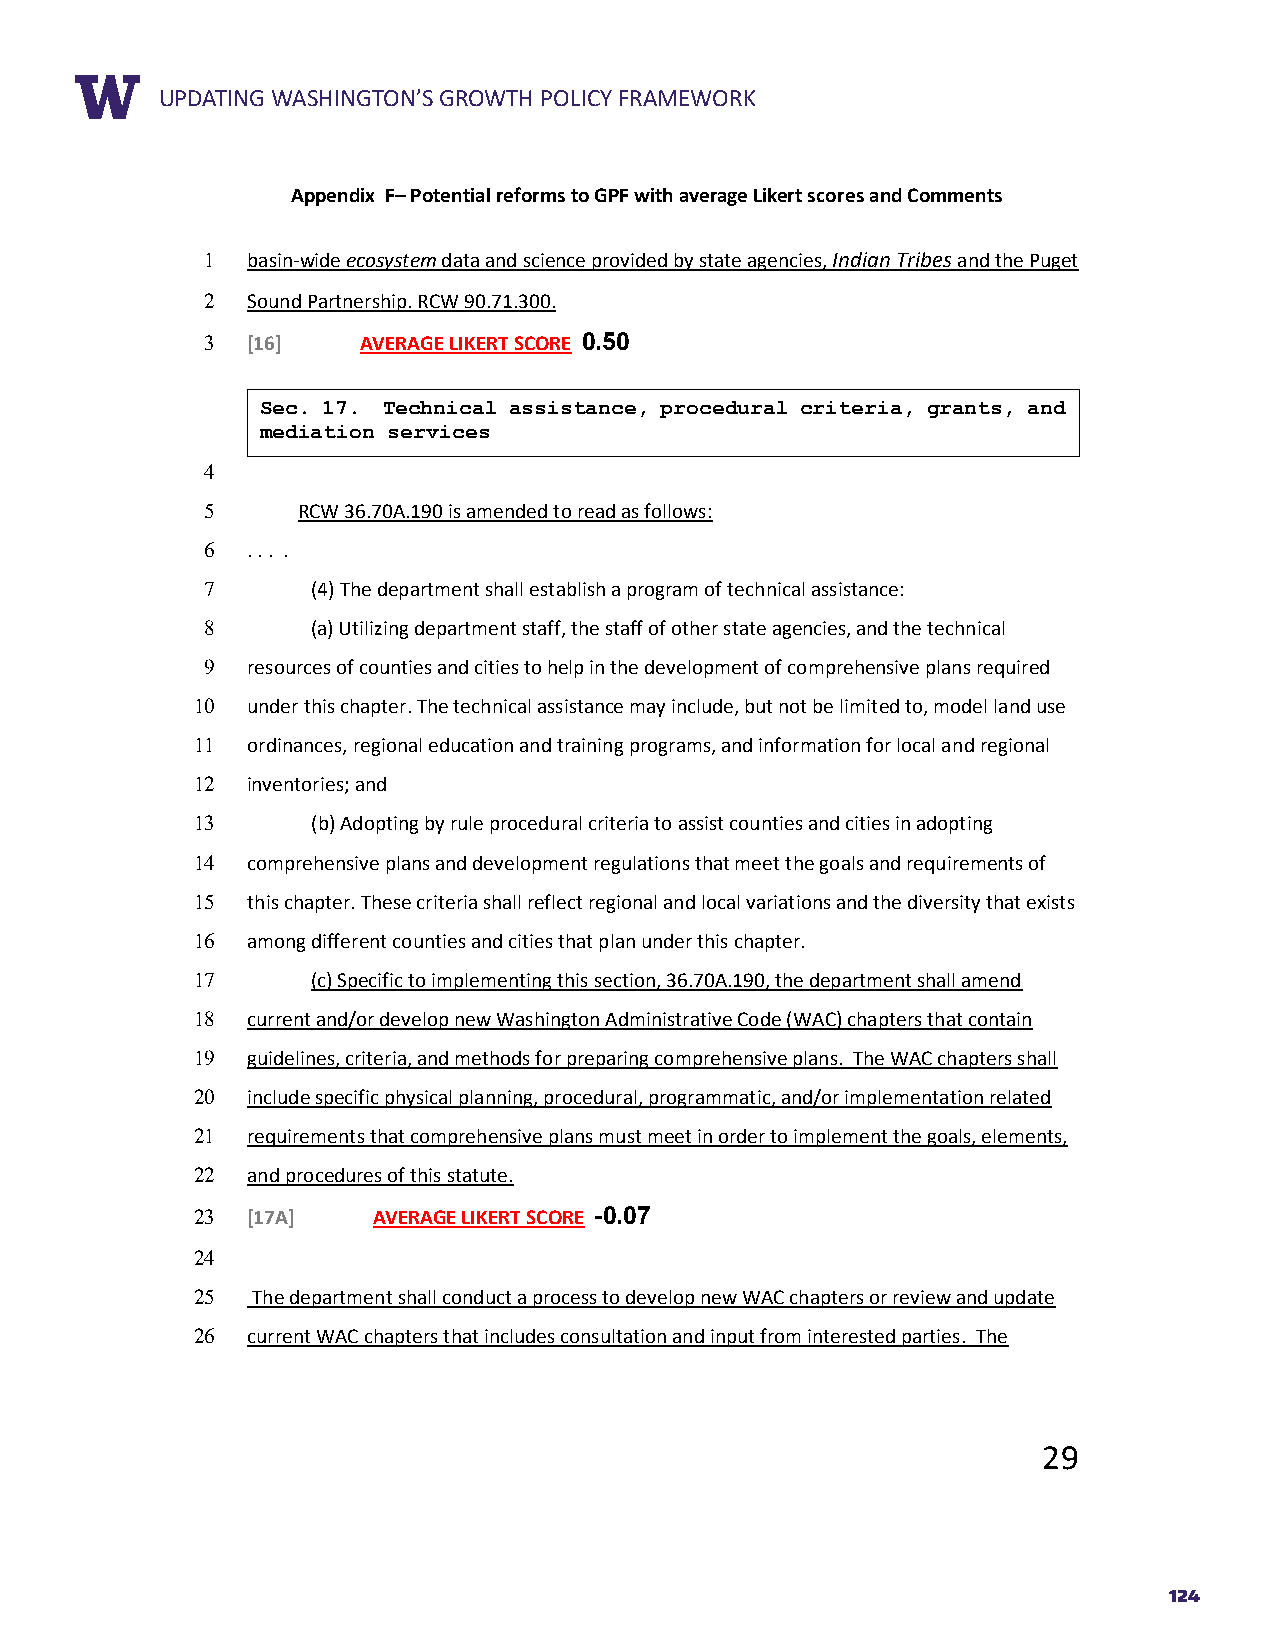
RUEPPDOARTTIN TGIT WLEASHINGTON’S GROWTH POLICY FRAMEWORK
 Appendix F– Potential reforms to GPF with average Likert scores and Comments
 1 basin-wide ecosystem data and science provided by state agencies, Indian Tribes and the Puget
 2 Sound Partnership. RCW 90.71.300.
 3 [16]    AVERAGE LIKERT SCORE 0.50
 Sec. 17. Technical assistance, procedural criteria, grants, and
 mediation services
 4
 5     RCW 36.70A.190 is amended to read as follows:
 6 . . . .
 7      (4) The department shall establish a program of technical assistance:
 8      (a) Utilizing department staff, the staff of other state agencies, and the technical
 9 resources of counties and cities to help in the development of comprehensive plans required
 10 under this chapter. The technical assistance may include, but not be limited to, model land use
 11 ordinances, regional education and training programs, and information for local and regional
 12 inventories; and
 13      (b) Adopting by rule procedural criteria to assist counties and cities in adopting
 14 comprehensive plans and development regulations that meet the goals and requirements of
 15 this chapter. These criteria shall reflect regional and local variations and the diversity that exists
 16 among different counties and cities that plan under this chapter.
 17      (c) Specific to implementing this section, 36.70A.190, the department shall amend
 18 current and/or develop new Washington Administrative Code (WAC) chapters that contain
 19 guidelines, criteria, and methods for preparing comprehensive plans. The WAC chapters shall
 20 include specific physical planning, procedural, programmatic, and/or implementation related
 21 requirements that comprehensive plans must meet in order to implement the goals, elements,
 22 and procedures of this statute.
 23 [17A]    AVERAGE LIKERT SCORE -0.07
 24
 25  The department shall conduct a process to develop new WAC chapters or review and update
 26 current WAC chapters that includes consultation and input from interested parties. The
 29
 124